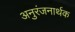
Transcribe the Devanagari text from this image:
अनुरंजनार्थक